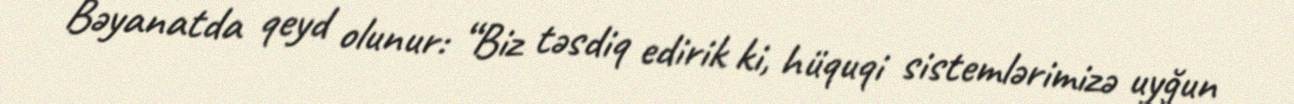
Bəyanatda qeyd olunur: “Biz təsdiq edirik ki, hüquqi sistemlərimizə uyğun